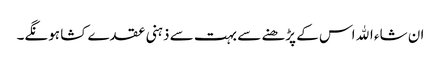
ان شاء اﷲ اس کے پڑھنے سے بہت سے ذہنی عقدے کشا ہونگے۔